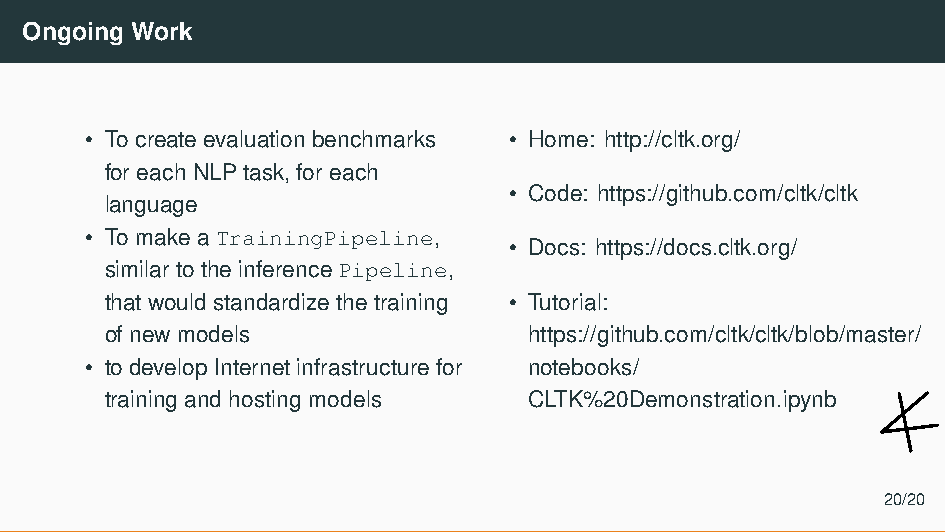
Ongoing Work
 • To create evaluation benchmarks • Home: http://cltk.org/
 for each NLP task, for each
 • Code: https://github.com/cltk/cltk
 language
 • To make a TrainingPipeline,
 • Docs: https://docs.cltk.org/
 similar to the inference Pipeline,
 that would standardize the training • Tutorial:
 of new models               https://github.com/cltk/cltk/blob/master/
 • to develop Internet infrastructure for notebooks/
 training and hosting models CLTK%20Demonstration.ipynb
 20/20